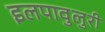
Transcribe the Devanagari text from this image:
इलपावुलुरी